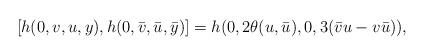
LaTeX: \begin{align*}[h(0,v,u,y),h(0,\bar v,\bar u,\bar y)]=h(0,2\theta(u,\bar u),0,3(\bar v u-v\bar u)),\end{align*}